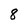
Character: 8